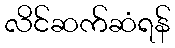
လိင်ဆက်ဆံရန်